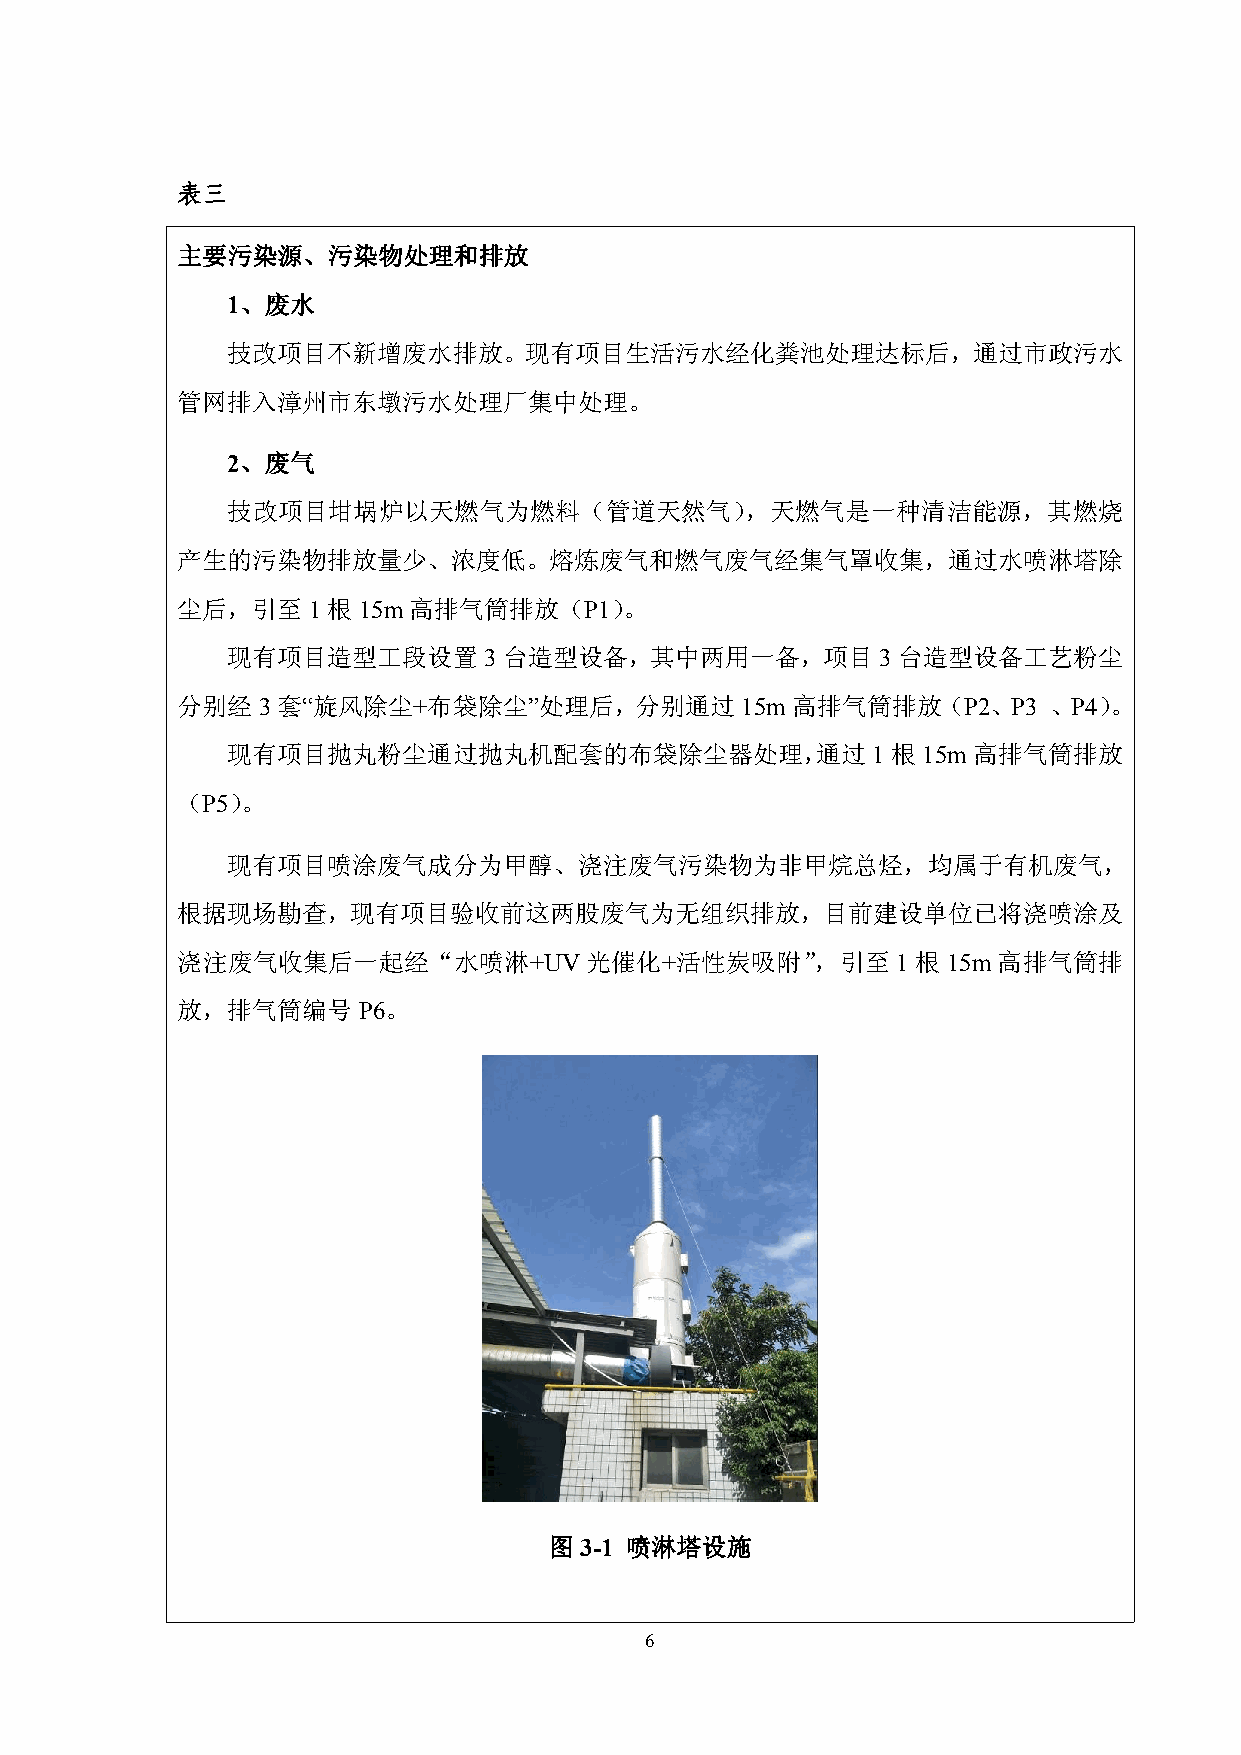
表三
 主要污染源、污染物处理和排放
 1、废水
 技改项目不新增废水排放。现有项目生活污水经化粪池处理达标后，通过市政污水
 管网排入漳州市东墩污水处理厂集中处理。
 2、废气
 技改项目坩埚炉以天燃气为燃料（管道天然气），天燃气是一种清洁能源，其燃烧
 产生的污染物排放量少、浓度低。熔炼废气和燃气废气经集气罩收集，通过水喷淋塔除
 尘后，引至   1根15m高排气筒排放（P1）。
 现有项目造型工段设置3台造型设备，其中两用一备，项目3台造型设备工艺粉尘
 分别经3  套“旋风除尘+布袋除尘”处理后，分别通过15m           高排气筒排放（P2、P3     、P4）。
 现有项目抛丸粉尘通过抛丸机配套的布袋除尘器处理，通过1根15m                  高排气筒排放
 （P5）。
 现有项目喷涂废气成分为甲醇、浇注废气污染物为非甲烷总烃，均属于有机废气，
 根据现场勘查，现有项目验收前这两股废气为无组织排放，目前建设单位已将浇喷涂及
 浇注废气收集后一起经“水喷淋+UV          光催化+活性炭吸附”，引至       1 根 15m 高排气筒排
 放，排气筒编号     P6。
 图3-1 喷淋塔设施
 6